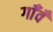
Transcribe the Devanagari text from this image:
गाँवँ